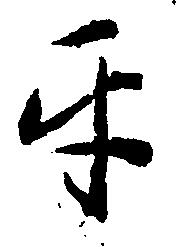
互